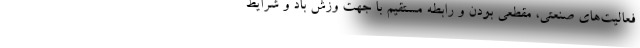
فعالیت‌های صنعتی، مقطعی بودن و رابطه مستقیم با جهت وزش باد و شرایط